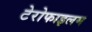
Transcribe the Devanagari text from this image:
टेरोफाइलम